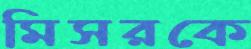
মিসরকে